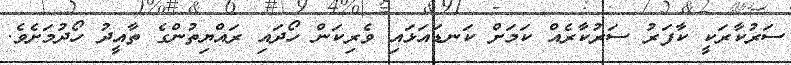
ސަރުކާރަކީ ކާފަރު ސަރުކާރެއް ކަމަށް ކަނޑައަޅައި ވެރިކަން ހޯދައި ރައްޔިތުންގެ ތާއީދު ހޯދުމަށެވެ.